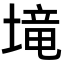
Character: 𡏡